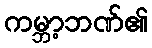
ကမ္ဘာ့ဘဏ်၏